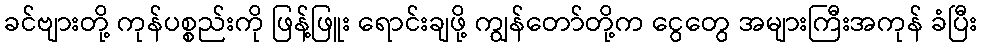
ခင်ဗျားတို့ ကုန်ပစ္စည်းကို ဖြန့်ဖြူး ရောင်းချဖို့ ကျွန်တော်တို့က ငွေတွေ အများကြီးအကုန် ခံပြီး